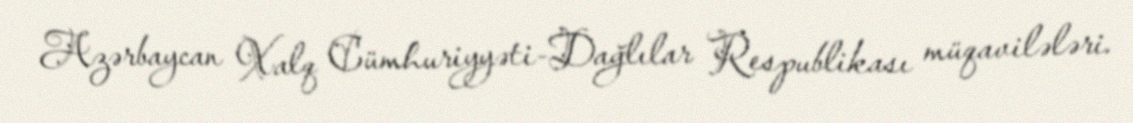
Azərbaycan Xalq Cümhuriyyəti-Dağlılar Respublikası müqavilələri.